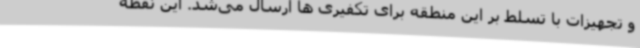
و تجهیزات با تسلط بر این منطقه برای تکفیری ها ارسال می‌شد. این نقطه